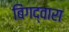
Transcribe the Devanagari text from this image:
बिंगद्वारा